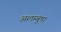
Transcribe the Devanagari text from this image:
अलम्बुषा